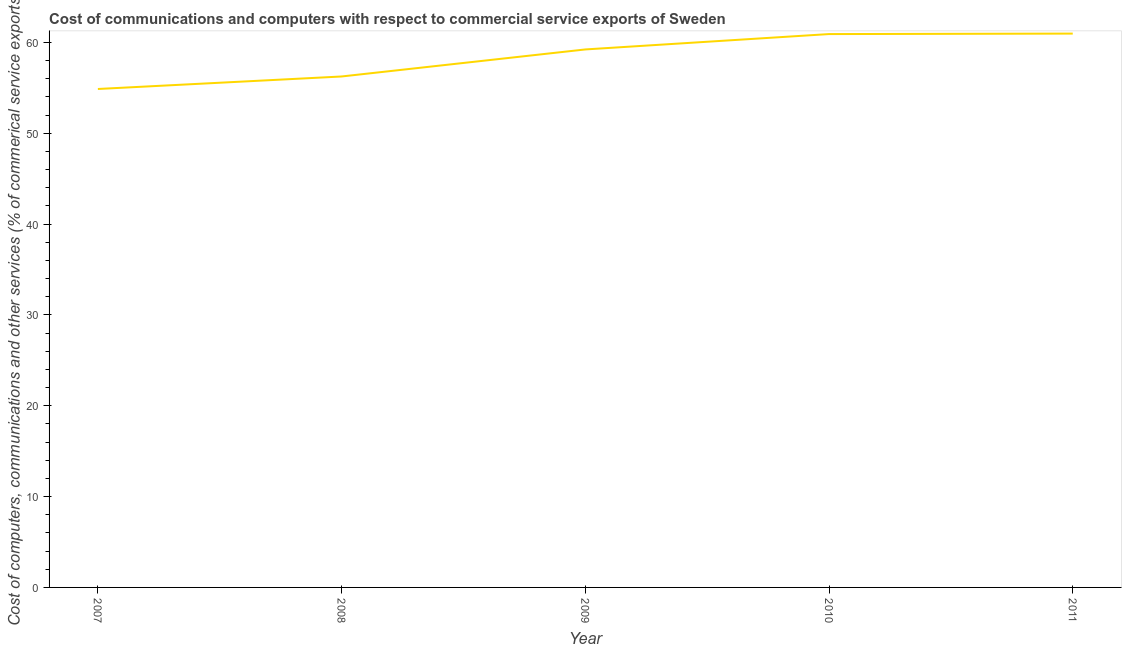
| Year | Computer |
 | --- | --- |
 | 2007 | 54.9 |
 | 2008 | 56.2 |
 | 2009 | 59.2 |
 | 2010 | 60.9 |
 | 2011 | 61 |